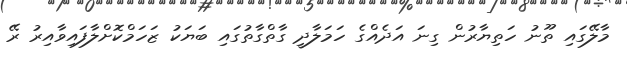
މާލޭގައި ތޫނު ހަތިޔާރުން ގިނަ އަަދެއްގެ ހަމަލާދީ ގާތްގާތުގައި ބަޔަކު ޒަހަމްކޮށްލާފައިވާއިރު ރޭ